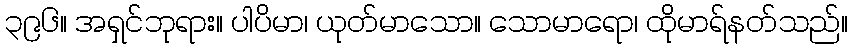
၃၉၆။ အရှင်ဘုရား။ ပါပိမာ၊ ယုတ်မာသော။ သောမာရော၊ ထိုမာရ်နတ်သည်။